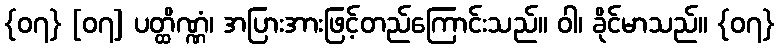
{၀၇} [၀၇] ပတ္ထိဏ္ဏံ၊ အပြားအားဖြင့်တည်ကြောင်းသည်။ ဝါ၊ ခိုင်မာသည်။ {၀၇}